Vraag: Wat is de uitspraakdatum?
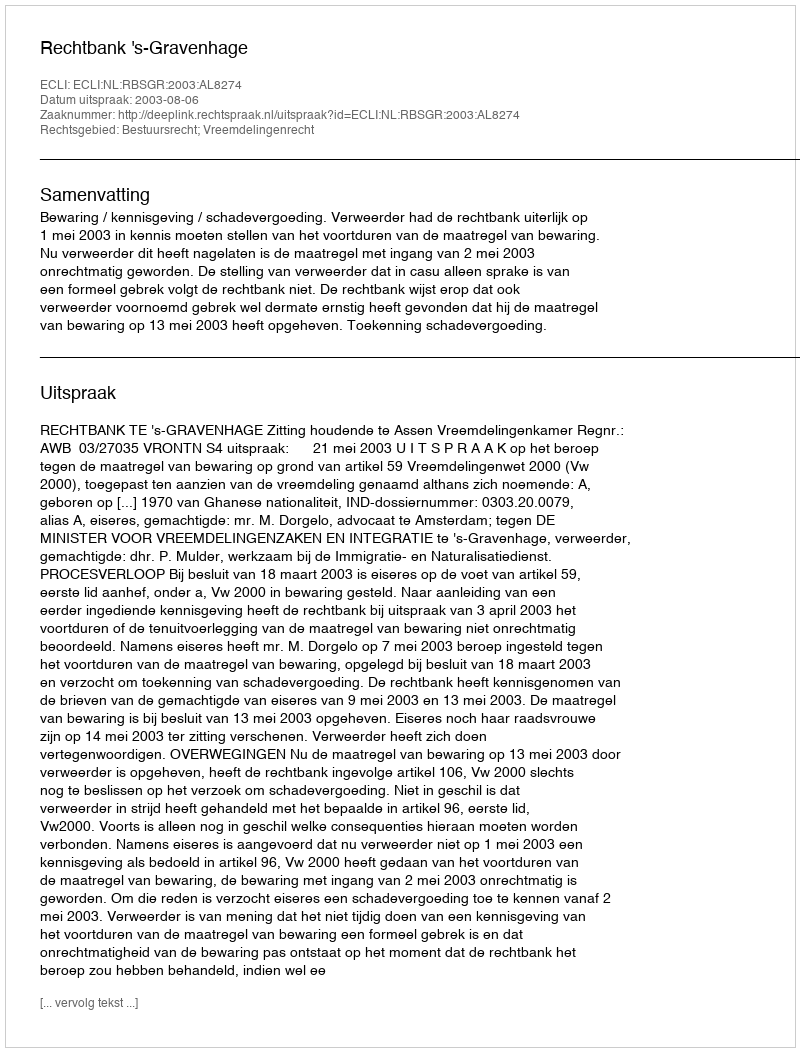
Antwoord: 2003-08-06